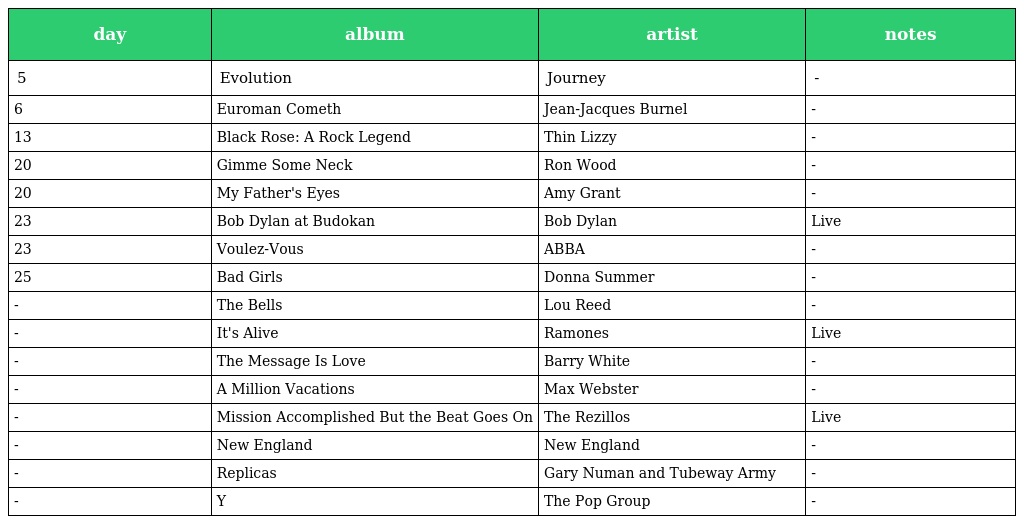
| day | album | artist | notes |
 | --- | --- | --- | --- |
 | 5 | Evolution | Journey | - |
 | 6 | Euroman Cometh | Jean-Jacques Burnel | - |
 | 13 | Black Rose: A Rock Legend | Thin Lizzy | - |
 | 20 | Gimme Some Neck | Ron Wood | - |
 | 20 | My Father's Eyes | Amy Grant | - |
 | 23 | Bob Dylan at Budokan | Bob Dylan | Live |
 | 23 | Voulez-Vous | ABBA | - |
 | 25 | Bad Girls | Donna Summer | - |
 | - | The Bells | Lou Reed | - |
 | - | It's Alive | Ramones | Live |
 | - | The Message Is Love | Barry White | - |
 | - | A Million Vacations | Max Webster | - |
 | - | Mission Accomplished But the Beat Goes On | The Rezillos | Live |
 | - | New England | New England | - |
 | - | Replicas | Gary Numan and Tubeway Army | - |
 | - | Y | The Pop Group | - |